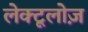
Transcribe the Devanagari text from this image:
लेक्टूलोज़